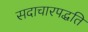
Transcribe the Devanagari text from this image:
सदाचारपद्धति